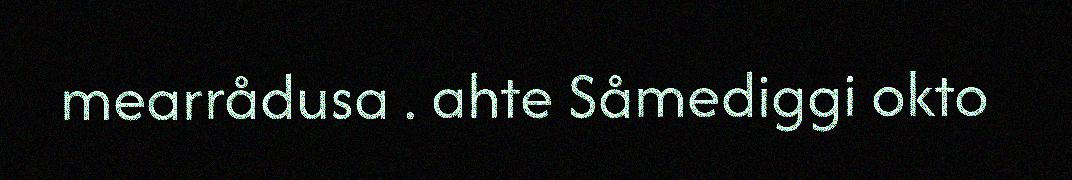
mearrådusa . ahte Såmediggi okto